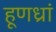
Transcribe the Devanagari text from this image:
हूणध्रां